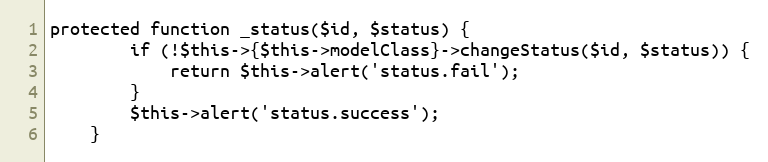
Language: PHP
protected function _status($id, $status) {
		if (!$this->{$this->modelClass}->changeStatus($id, $status)) {
			return $this->alert('status.fail');
		}
		$this->alert('status.success');
	}